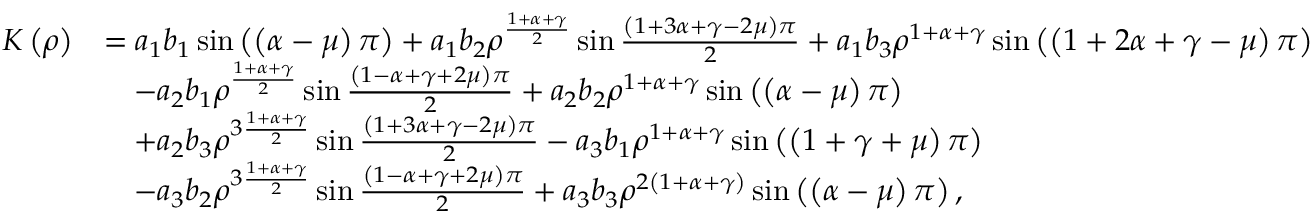
\begin{array} { r l } { K \left( \rho \right) } & { = a _ { 1 } b _ { 1 } \sin \left( \left( \alpha - \mu \right) \pi \right) + a _ { 1 } b _ { 2 } \rho ^ { \frac { 1 + \alpha + \gamma } { 2 } } \sin \frac { \left( 1 + 3 \alpha + \gamma - 2 \mu \right) \pi } { 2 } + a _ { 1 } b _ { 3 } \rho ^ { 1 + \alpha + \gamma } \sin \left( \left( 1 + 2 \alpha + \gamma - \mu \right) \pi \right) } \\ & { \quad - a _ { 2 } b _ { 1 } \rho ^ { \frac { 1 + \alpha + \gamma } { 2 } } \sin \frac { \left( 1 - \alpha + \gamma + 2 \mu \right) \pi } { 2 } + a _ { 2 } b _ { 2 } \rho ^ { 1 + \alpha + \gamma } \sin \left( \left( \alpha - \mu \right) \pi \right) } \\ & { \quad + a _ { 2 } b _ { 3 } \rho ^ { 3 \frac { 1 + \alpha + \gamma } { 2 } } \sin \frac { \left( 1 + 3 \alpha + \gamma - 2 \mu \right) \pi } { 2 } - a _ { 3 } b _ { 1 } \rho ^ { 1 + \alpha + \gamma } \sin \left( \left( 1 + \gamma + \mu \right) \pi \right) } \\ & { \quad - a _ { 3 } b _ { 2 } \rho ^ { 3 \frac { 1 + \alpha + \gamma } { 2 } } \sin \frac { \left( 1 - \alpha + \gamma + 2 \mu \right) \pi } { 2 } + a _ { 3 } b _ { 3 } \rho ^ { 2 \left( 1 + \alpha + \gamma \right) } \sin \left( \left( \alpha - \mu \right) \pi \right) , } \end{array}